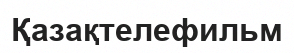
Қазақтелефильм